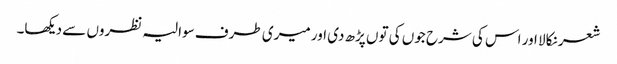
شعر نکالا اور اس کی شرح جوں کی توں پڑھ دی اور میری طرف سوالیہ نظروں سے دیکھا۔